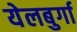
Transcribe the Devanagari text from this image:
येलबुर्गा